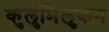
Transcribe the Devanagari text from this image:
कुलुमिलुकन